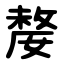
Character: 嫠